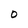
Character: 0